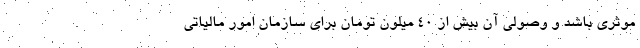
موثری باشد و وصولی آن بیش از ۴۰ میلون تومان برای سازمان امور مالیاتی